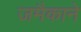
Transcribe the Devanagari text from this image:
जमैकाने